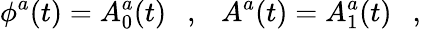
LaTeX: \phi^{a}(t)=A_{0}^{a}(t)\ \ \ ,\ \ \ A^{a}(t)=A_{1}^{a}(t)\ \ \ ,